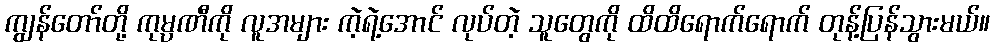
ကျွန်တော်တို့ ကုမ္ပဏီကို လူအများ ကဲ့ရဲ့အောင် လုပ်တဲ့ သူတွေကို ထိထိရောက်ရောက် တုန့်ပြန်သွားမယ်။